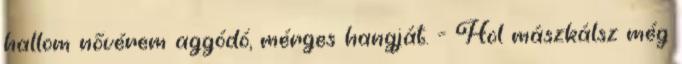
hallom nővérem aggódó, mérges hangját. - Hol mászkálsz még